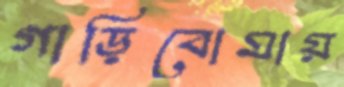
গাড়িবোমায়